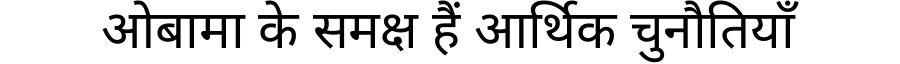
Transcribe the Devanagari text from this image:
ओबामा के समक्ष हैं आर्थिक चुनौतियाँ